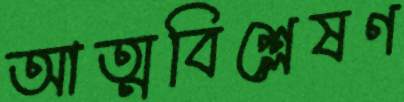
আত্মবিশ্লেষণ